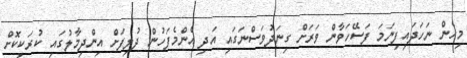
މިހެން ނަހަދައިފިނަމަ ފަސޭހަވާން ވަރަށް ގިނަދުވަސްނަގައި އަދި އެންމެފަހުން ދުލިފަށް އިންދިމާލުގައި ކުރަކިކޮށް